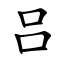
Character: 吕